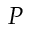
P